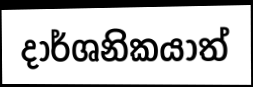
දාර්ශනිකයාත්